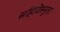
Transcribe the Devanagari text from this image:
सहिविस्नुता